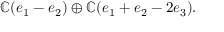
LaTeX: \mathbb { C } ( e _ { 1 } - e _ { 2 } ) \oplus \mathbb { C } ( e _ { 1 } + e _ { 2 } - 2 e _ { 3 } ) .